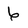
Character: 6